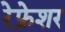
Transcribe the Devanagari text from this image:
रेफ्रेशर